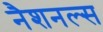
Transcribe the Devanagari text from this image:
नैशनल्स